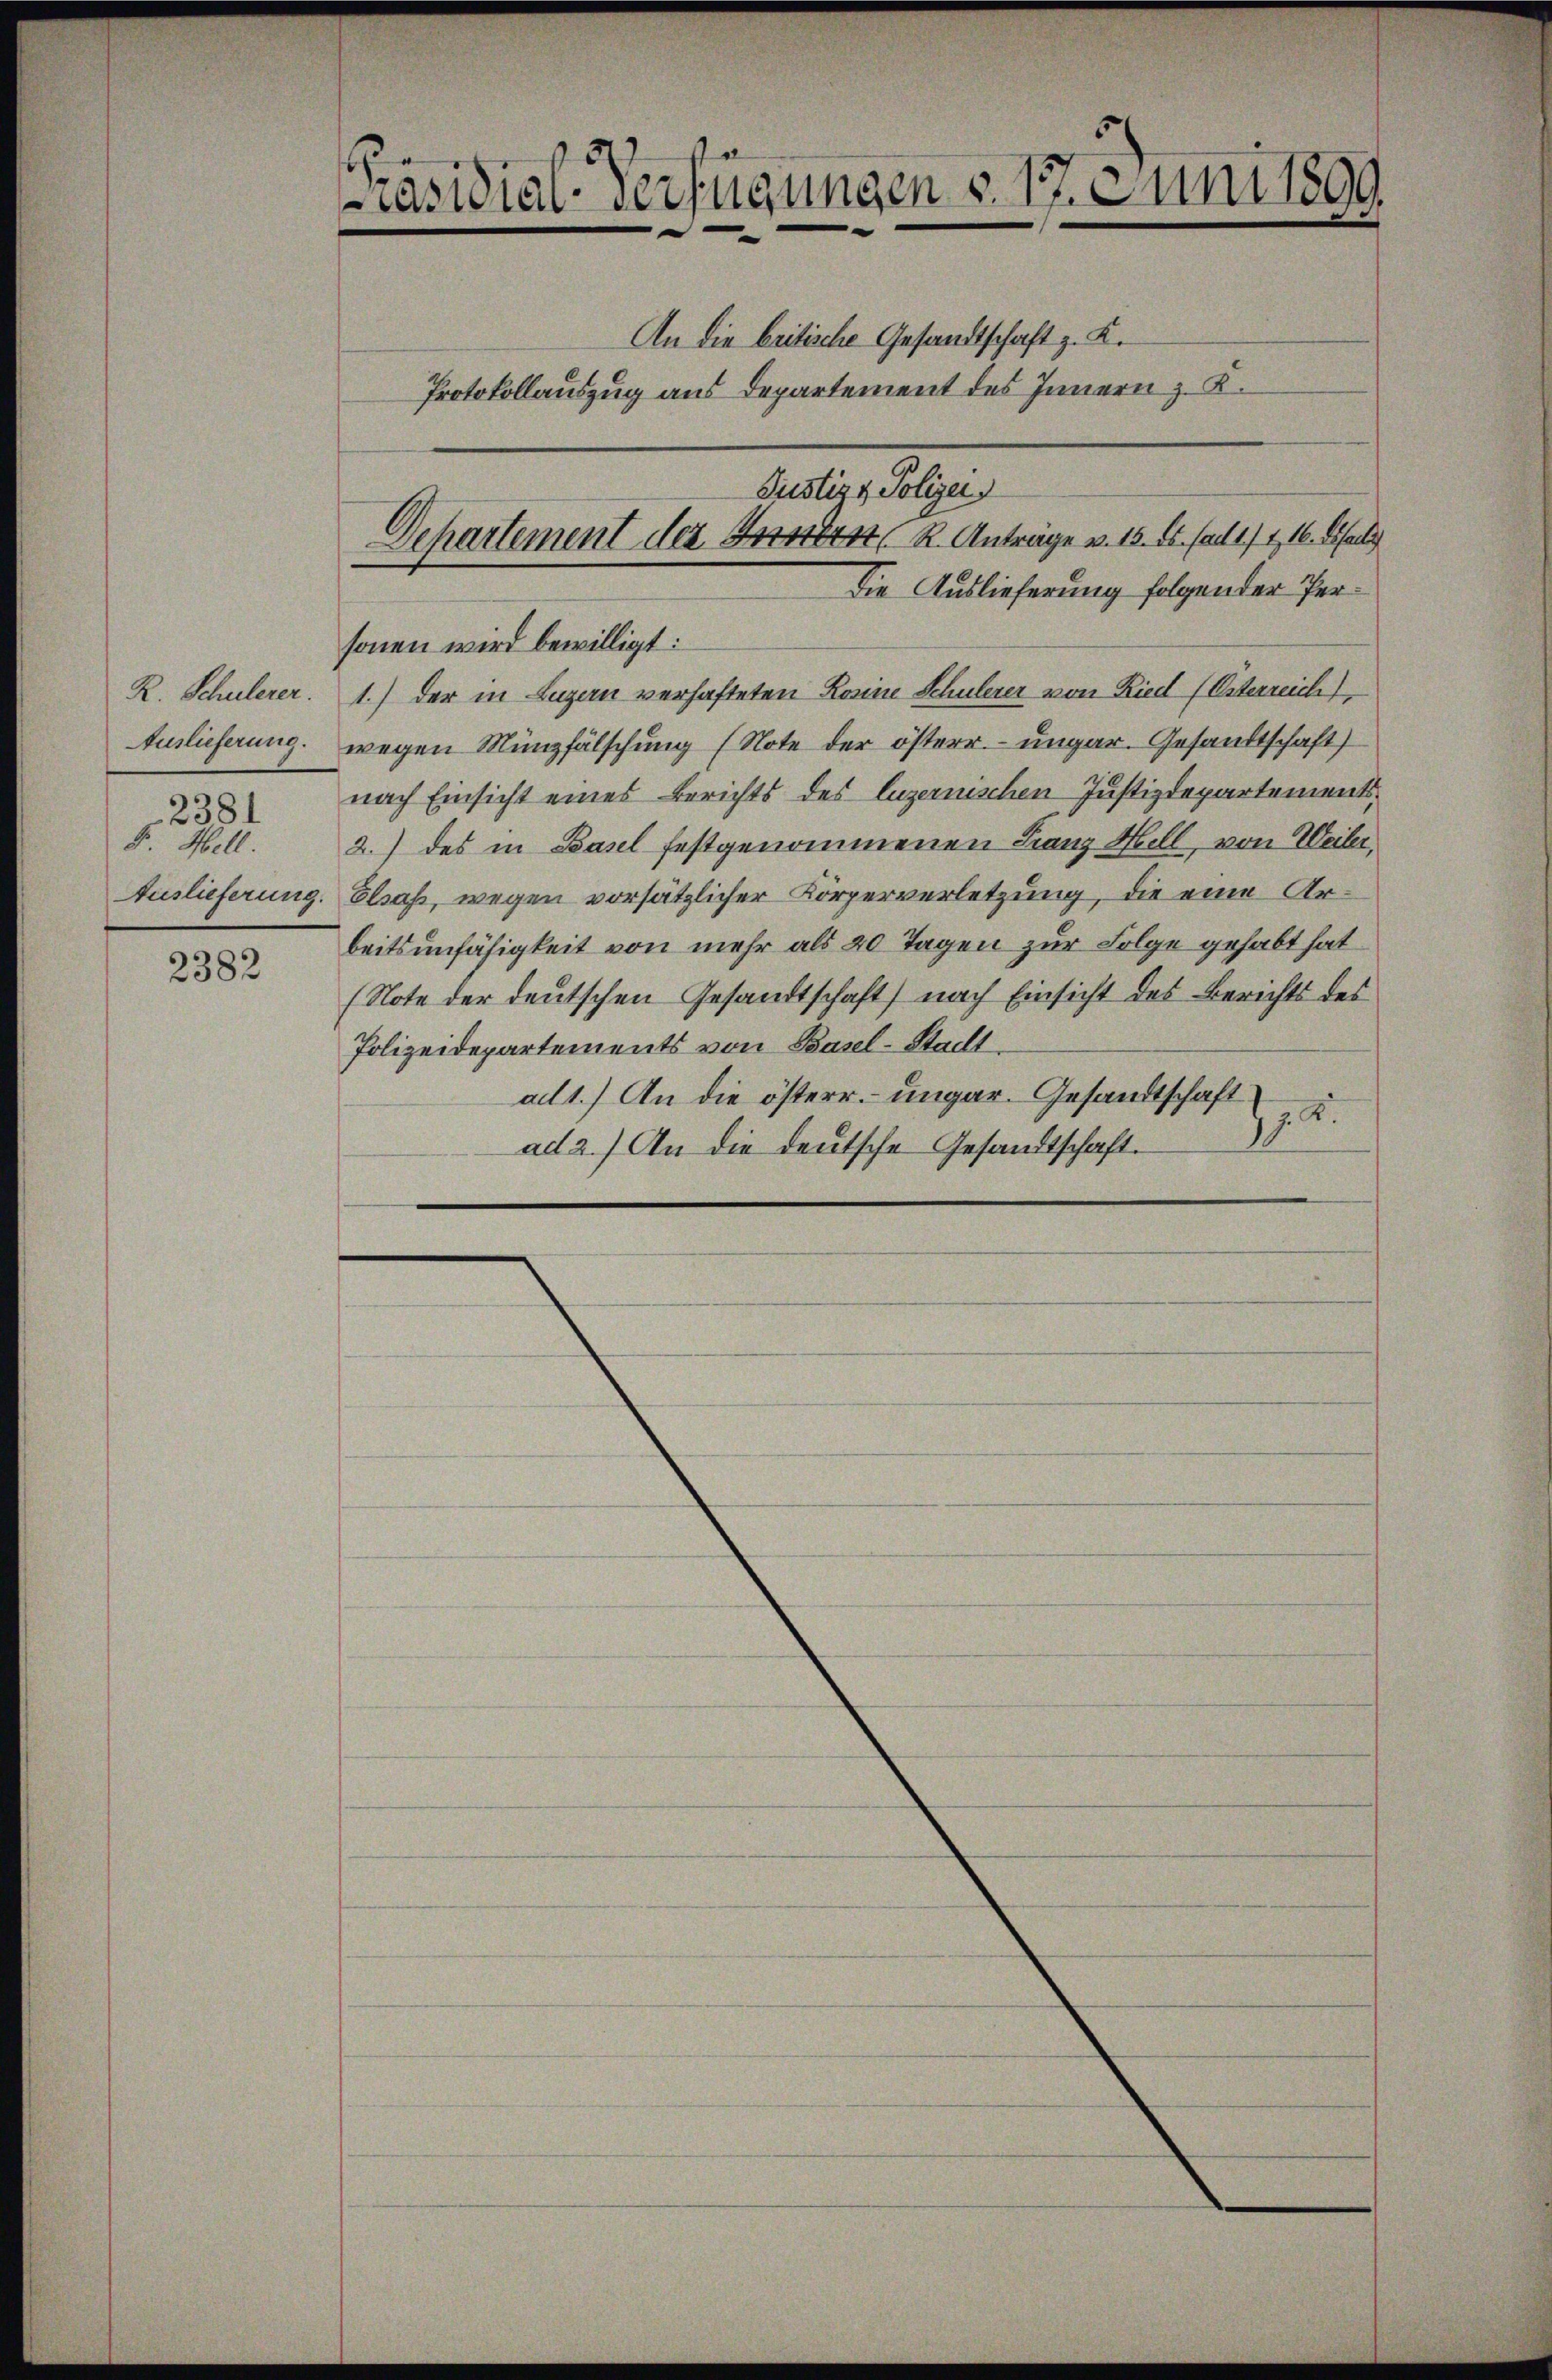
R. Schulerer.
Auslieferung.
2381
F. Hell.

2382

räsidial-Verfügungen v. 17. Juni 1890

An die britische Gesandtschaft z. K.
Protokollauszug aus Departement des Innern z. B.

sonen wird bewilligt:
1.) der in Luzern verhafteten Rosine Schulerer von Ried (Esterreich
wegen Münzfälschung (Note der österr. ungar. Gesandtschaft)
nach Einsicht eines Berichts des luzernischen Justizdepartements¬
2.) des in Basel festgenommenen Franz Will, von Weiler,
Auslieferung. Elsaß, wegen vorsätzlicher Körperverletzung, die eine Arbeitsunfähigkeit von mehr als 20 Tagen zur Folge gehabt hat
(Note der deutschen Gesandtschaft) nach Einsicht des Berichts des
Polizeidepartements von Basel-Stadt
ad1.) An die österr. ungar. Gesandtschaft
7.A.
ad 2.) An die deutsche Gesandtschaft.

Justiz & Polizei
Dehartement der Herr K. Anträge v. 15. ds. Ca 1/4, 16. Eiserli
Die Auslieferung folgender Per¬